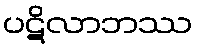
ပဋိလာဘဿ